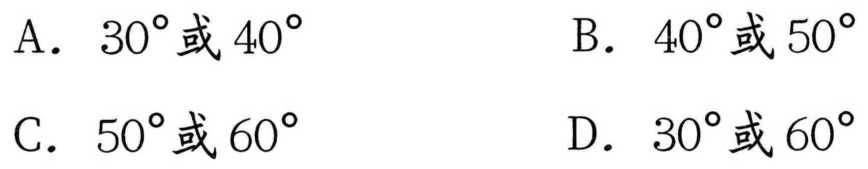
A. \(30^{\circ}\)或\(40^{\circ}\)  \quad B. \(40^{\circ}\)或\(50^{\circ}\)
C. \(50^{\circ}\)或\(60^{\circ}\)  \quad D. \(30^{\circ}\)或\(60^{\circ}\)